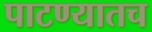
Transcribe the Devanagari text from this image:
पाटण्यातच